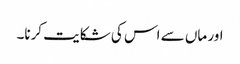
اور ماں سے اس کی شکایت کرنا۔